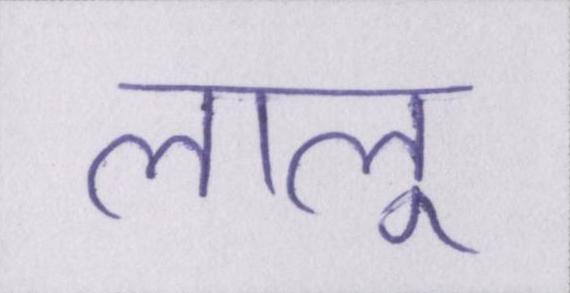
लालू